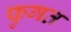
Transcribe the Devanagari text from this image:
फुगत